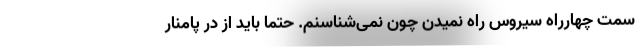
سمت چهارراه سیروس راه نمیدن چون نمی‌شناسنم. حتما باید از درِ پامنار